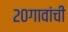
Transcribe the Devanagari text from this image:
२०गावांची